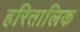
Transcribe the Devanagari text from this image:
हरितालिक